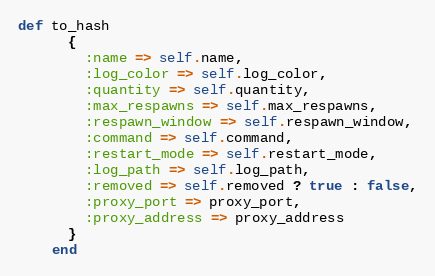
Language: Ruby
def to_hash
      {
        :name => self.name,
        :log_color => self.log_color,
        :quantity => self.quantity,
        :max_respawns => self.max_respawns,
        :respawn_window => self.respawn_window,
        :command => self.command,
        :restart_mode => self.restart_mode,
        :log_path => self.log_path,
        :removed => self.removed ? true : false,
        :proxy_port => proxy_port,
        :proxy_address => proxy_address
      }
    end